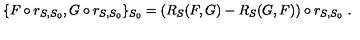
\{ F \circ r _ { S , S _ { 0 } } , G \circ r _ { S , S _ { 0 } } \} _ { S _ { 0 } } = ( R _ { S } ( F , G ) - R _ { S } ( G , F ) ) \circ r _ { S , S _ { 0 } } \ .